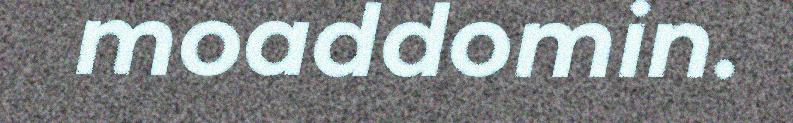
moaddomin.